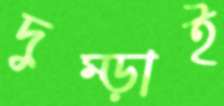
দুম্‌ড়াই